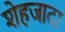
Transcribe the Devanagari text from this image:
शेहजादा